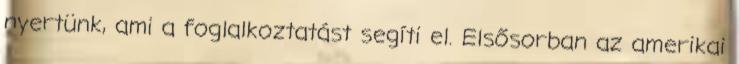
nyertünk, ami a foglalkoztatást segíti el. Elsősorban az amerikai